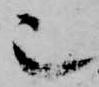
也